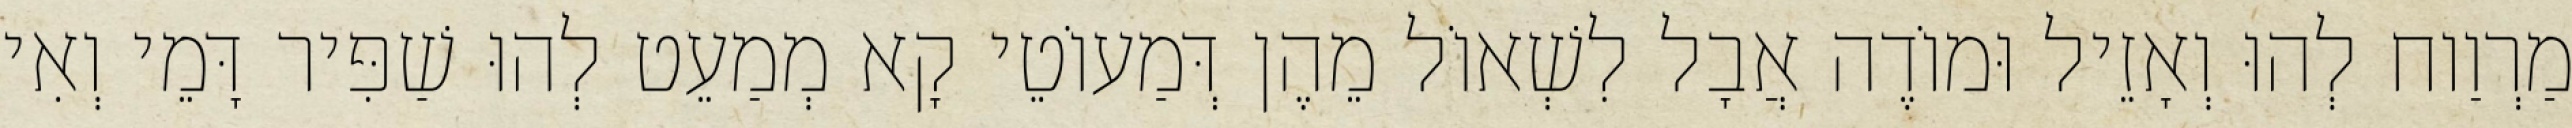
מַרְוַוח לְהוּ וְאָזֵיל וּמוֹדֶה אֲבָל לִשְׁאוֹל מֵהֶן דְּמַעוֹטֵי קָא מְמַעֵט לְהוּ שַׁפִּיר דָּמֵי וְאִי